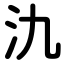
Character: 氿